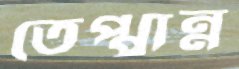
তেপ্পান্ন